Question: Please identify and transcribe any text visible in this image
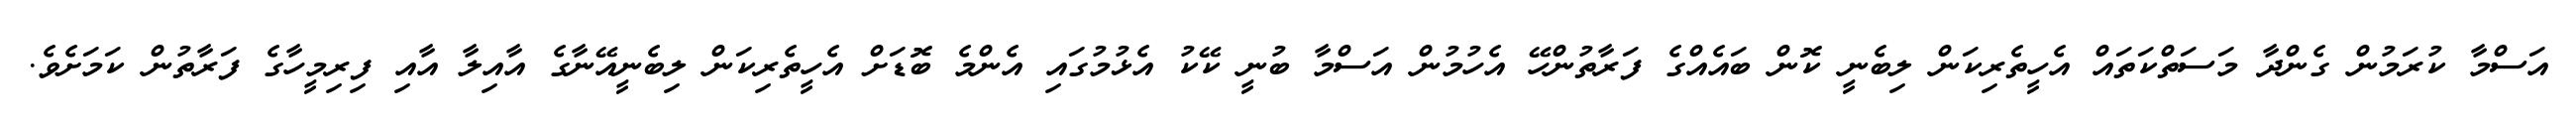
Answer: އަސްމާ ކުރަމުން ގެންދާ މަސަތްކަތައް އެހީތެރިކަން ލިބެނީ ކޮން ބައެއްގެ ފަރާތުންހޭ އެހުމުން އަސްމާ ބުނީ ކޭކު އެޅުމުގައި އެންމެ ބޮޑަށް އެހީތެރިކަން ލިބެނީއޭނާގެ އާއިލާ އާއި ފިރިމީހާގެ ފަރާތުން ކަމަށެވެ.